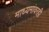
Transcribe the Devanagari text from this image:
माध्यमांवरही